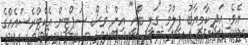
އެވެ. އަދި ކާމިޔާބު ފިލްމު "ގަލީ ބޯއީ" އިން ވެސް ސަޕޯޓިން އެކްޓްރެސްއެއްގެ